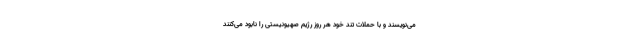
می‌نویسند و با حملات تند خود هر روز رژیم صهیونیستی را نابود می‌کنند